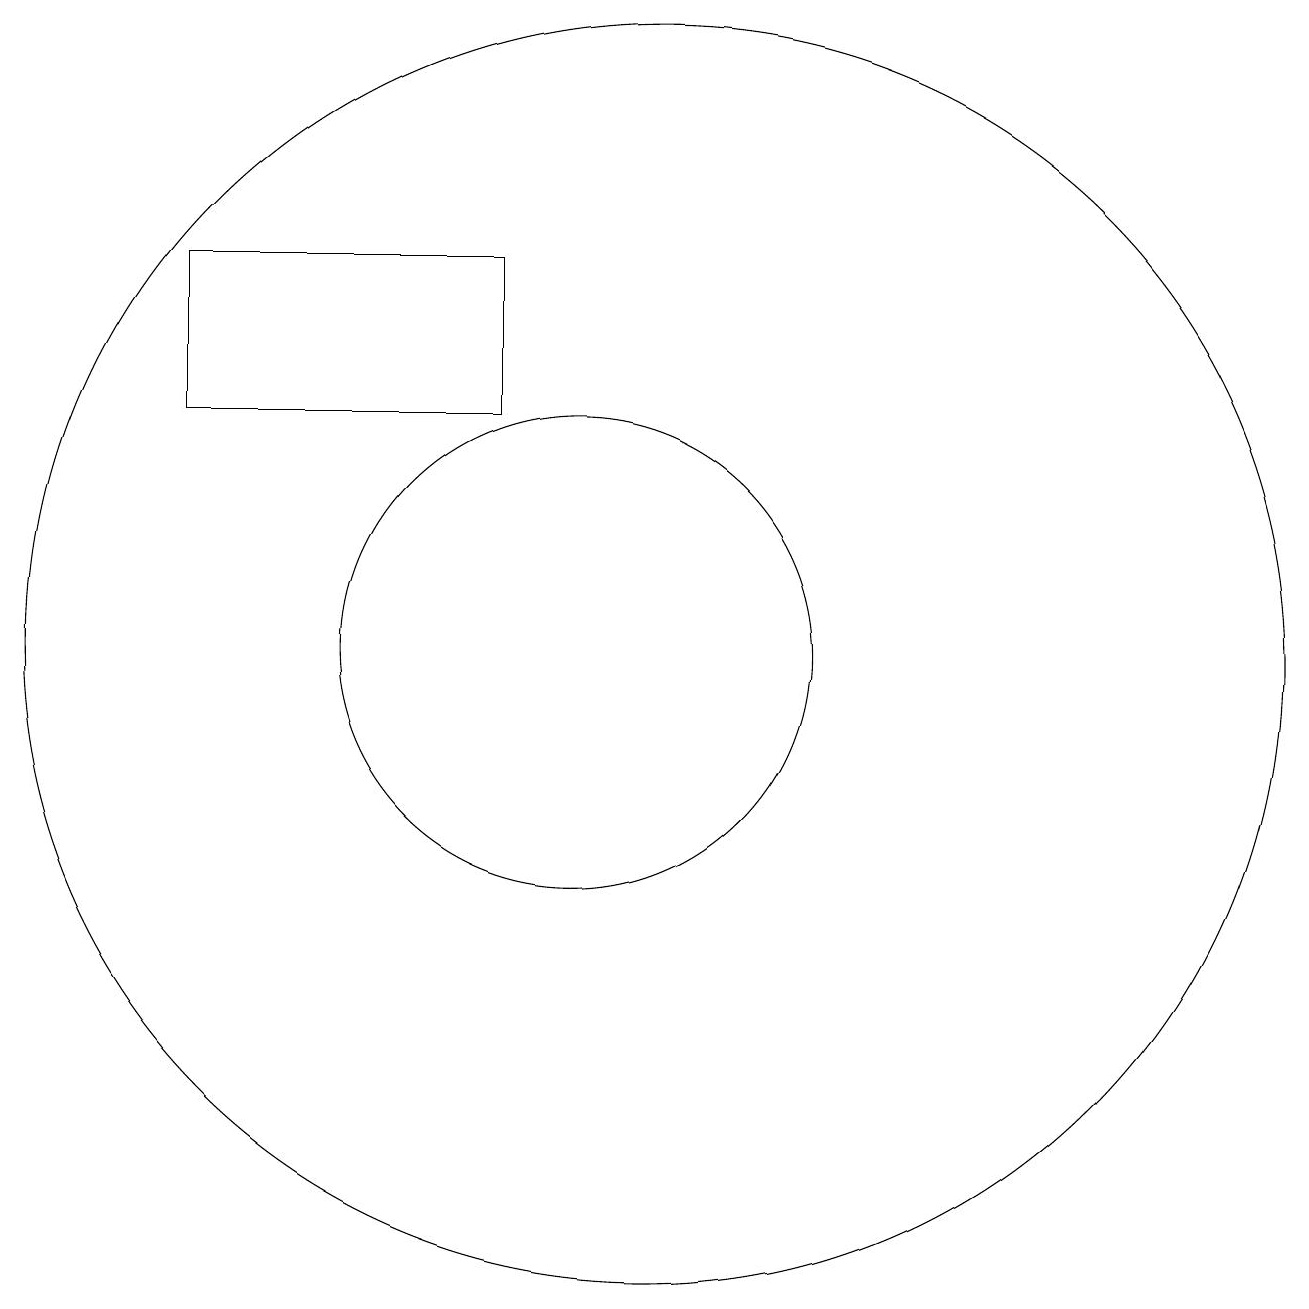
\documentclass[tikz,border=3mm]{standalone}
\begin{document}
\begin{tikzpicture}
\draw (10,11) circle (3);
\draw (5,14) rectangle (9,16);
\draw (11,11) circle (8);
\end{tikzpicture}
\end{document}